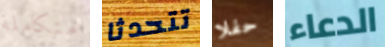
متكاملة تتحدثا حفلا الدعاء